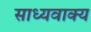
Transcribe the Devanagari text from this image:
साध्यवाक्य